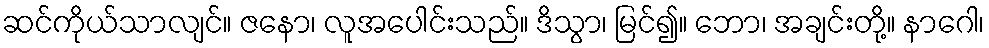
ဆင်ကိုယ်သာလျင်။ ဇနော၊ လူအပေါင်းသည်။ ဒိသွာ၊ မြင်၍။ ဘော၊ အချင်းတို့။ နာဂေါ၊